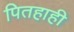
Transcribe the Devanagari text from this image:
पितहाही